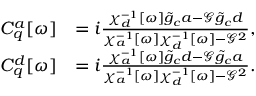
\begin{array} { r l } { C _ { q } ^ { a } [ \omega ] } & { = i \frac { \chi _ { d } ^ { - 1 } [ \omega ] \tilde { g } _ { c } a - \mathcal { G } \tilde { g } _ { c } d } { \chi _ { a } ^ { - 1 } [ \omega ] \chi _ { d } ^ { - 1 } [ \omega ] - \mathcal { G } ^ { 2 } } , } \\ { C _ { q } ^ { d } [ \omega ] } & { = i \frac { \chi _ { a } ^ { - 1 } [ \omega ] \tilde { g } _ { c } d - \mathcal { G } \tilde { g } _ { c } a } { \chi _ { a } ^ { - 1 } [ \omega ] \chi _ { d } ^ { - 1 } [ \omega ] - \mathcal { G } ^ { 2 } } . } \end{array}